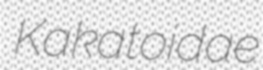
Kakatoidae